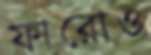
ফারোও